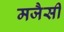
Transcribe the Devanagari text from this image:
मजैसी